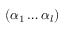
( \alpha _ { 1 } \ldots \alpha _ { l } )